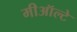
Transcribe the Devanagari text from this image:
मीऑल्टे